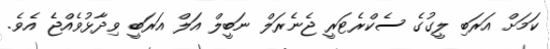
ކަމަށް އަރަބި ލީގުގެ ސެކްރެޓަރީ ޖެނެރަލް ނަބީލް އަލް އަރަބީ ވިދާޅުވެއްޖެ އެވެ.